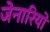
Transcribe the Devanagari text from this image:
जेनारियो